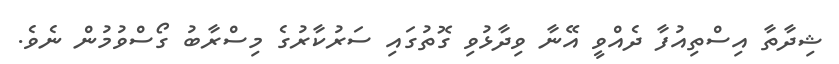
ޝިދާތާ އިސްތިއުފާ ދެއްވީ އޭނާ ވިދާޅުވި ގޮތުގައި ސަރުކާރުގެ މިސްރާބު ގޯސްވުމުން ނެވެ.